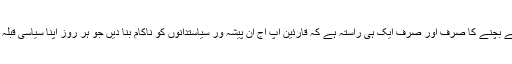
ہاں اس امکانی تباہی سے بچنے کا صرف اور صرف ایک ہی راستہ ہے کہ قارئین آپ آج اْن پیشہ ور سیاستدانوں کو ناکام بنا دیں جو ہر روز اپنا سیاسی قبلہ تبدیل کرتے رہتے ہیں۔